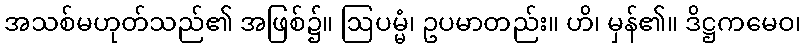
အသစ်မဟုတ်သည်၏ အဖြစ်၌။ ဩပမ္မံ၊ ဥပမာတည်း။ ဟိ၊ မှန်၏။ ဒိဋ္ဌကမေဝ၊